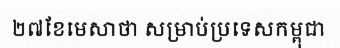
២៧ខែមេសាថា សម្រាប់ប្រទេសកម្ពុជា